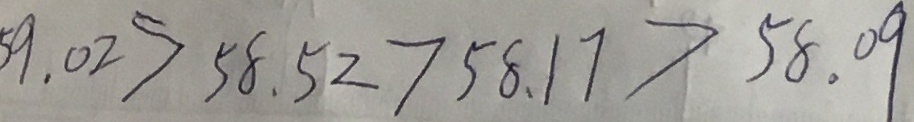
5 9 . 0 2 > 5 8 . 5 2 > 5 8 . 1 7 > 5 8 . 0 9